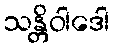
သန္တိဝါဒေါ